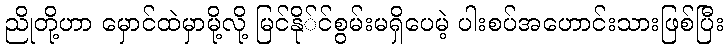
ညိုတို့ဟာ မှောင်ထဲမှာမို့လို့ မြင်နို်င်စွမ်းမရှိပေမဲ့ ပါးစပ်အဟောင်းသားဖြစ်ပြီး